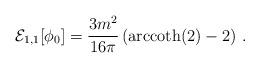
LaTeX: \begin{align*}{\cal E}_{1,1}[\phi_0] = \frac{3m^2}{16 \pi}\left({\rm arccoth}(2)-2\right) \,.\end{align*}